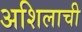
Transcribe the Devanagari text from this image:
अशिलाची